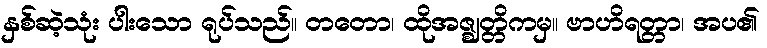
နှစ်ဆဲ့သုံး ပါးသော ရုပ်သည်။ တတော၊ ထိုအဇ္ဈတ္တိကမှ။ ဗာဟိရတ္တာ၊ အပ၏